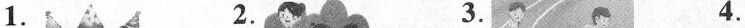
1. 2. 3. 4.